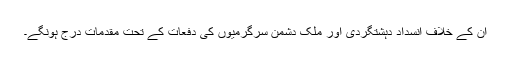
ان کے خلاف انسداد دہشتگردی اور ملک دشمن سرگرمیوں کی دفعات کے تحت مقدمات درج ہونگے۔